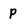
Character: p